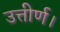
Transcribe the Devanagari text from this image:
उत्तीर्ण।